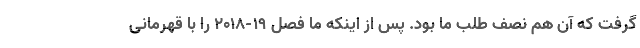
گرفت که آن هم نصف طلب ما بود. پس از اینکه ما فصل ۱۹-۲۰۱۸ را با قهرمانی